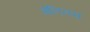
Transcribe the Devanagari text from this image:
गेलिनस